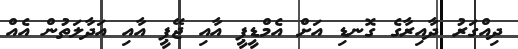
ދިއްގަރު ދާއިރާގެ ގޮނޑި އަށް އެމްޑީޕީ އާއި ޖޭޕީ އާއި އަދާލަތުން އެއް